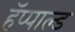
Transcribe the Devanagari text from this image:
हॅप्पाल्ड